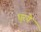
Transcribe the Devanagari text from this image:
घुरये